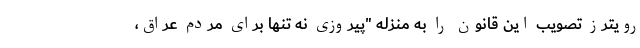
رویترز تصویب این قانون را به منزله "پیروزی نه تنها برای مردم عراق،